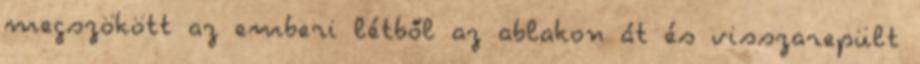
megszökött az emberi létből az ablakon át és visszarepült